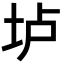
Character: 垆